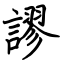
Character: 謬